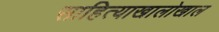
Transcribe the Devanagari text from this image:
साहित्याखालोखाल